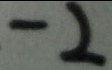
- 2